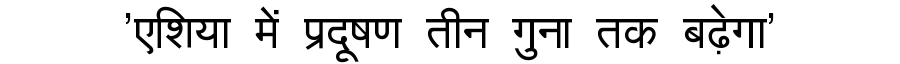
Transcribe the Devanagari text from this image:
'एशिया में प्रदूषण तीन गुना तक बढ़ेगा'